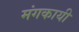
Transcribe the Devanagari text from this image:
मंगकायी